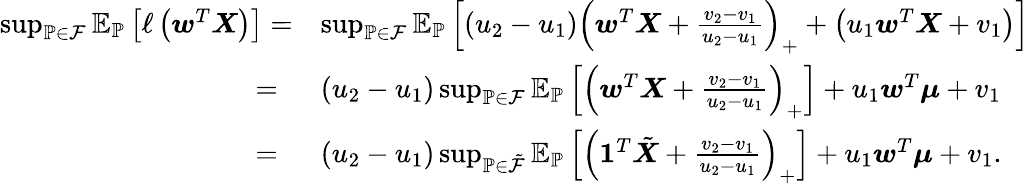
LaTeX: \begin{array}{rl}{\operatorname*{sup}_{\mathbb{P}\in\mathcal{F}}\mathbb{E}_{\mathbb{P}}\left[\ell\left(\boldsymbol{w}^{T}\boldsymbol{X}\right)\right]=}&{\operatorname*{sup}_{\mathbb{P}\in\mathcal{F}}\mathbb{E}_{\mathbb{P}}\left[(u_{2}-u_{1})\left(\boldsymbol{w}^{T}\boldsymbol{X}+\frac{v_{2}-v_{1}}{u_{2}-u_{1}}\right)_{+}+\left(u_{1}\boldsymbol{w}^{T}\boldsymbol{X}+v_{1}\right)\right]}\\ {=\ }&{(u_{2}-u_{1})\operatorname*{sup}_{\mathbb{P}\in\mathcal{F}}\mathbb{E}_{\mathbb{P}}\left[\left(\boldsymbol{w}^{T}\boldsymbol{X}+\frac{v_{2}-v_{1}}{u_{2}-u_{1}}\right)_{+}\right]+u_{1}\boldsymbol{w}^{T}\boldsymbol{\mu}+v_{1}}\\ {=\ }&{(u_{2}-u_{1})\operatorname*{sup}_{\mathbb{P}\in\tilde{\mathcal{F}}}\mathbb{E}_{\mathbb{P}}\left[\left(\boldsymbol{1}^{T}\tilde{\boldsymbol{X}}+\frac{v_{2}-v_{1}}{u_{2}-u_{1}}\right)_{+}\right]+u_{1}\boldsymbol{w}^{T}\boldsymbol{\mu}+v_{1}.}\end{array}